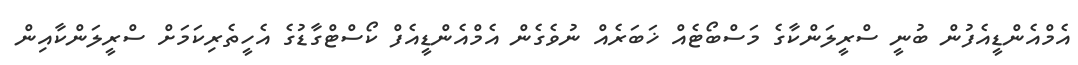
އެމްއެންޑީއެފުން ބުނީ ސްރީލަންކާގެ މަސްބޯޓެއް ޚަބަރެއް ނުވެގެން އެމްއެންޑީއެފް ކޯސްޓްގާޑުގެ އެހީތެރިކަމަށް ސްރީލަންކާއިން